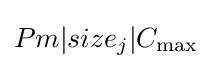
Pm|size_{j}|C_{\max }